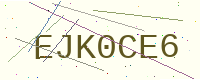
Text: EJK0CE6